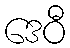
ဒေဝီ